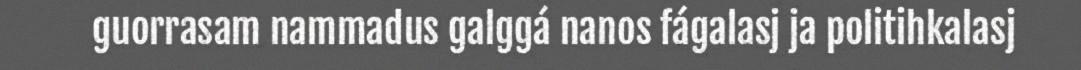
guorrasam nammadus galggá nanos fágalasj ja politihkalasj